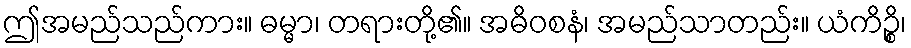
ဤအမည်သည်ကား။ ဓမ္မာ၊ တရားတို့၏။ အဓိဝစနံ၊ အမည်သာတည်း။ ယံကိဉ္စိ၊